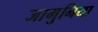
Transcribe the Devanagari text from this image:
जामुनिया